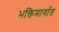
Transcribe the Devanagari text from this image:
भक्तिमार्गात